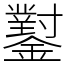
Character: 𨮝